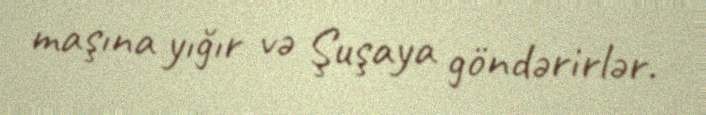
maşına yığır və Şuşaya göndərirlər.